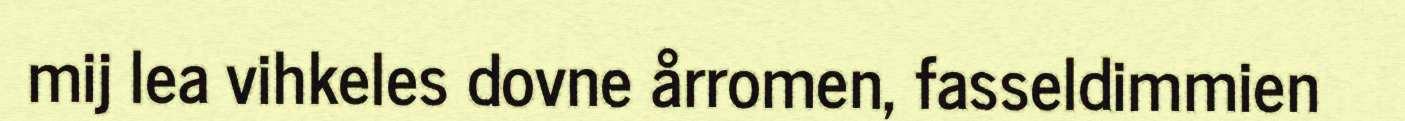
mij lea vihkeles dovne årromen, fasseldimmien